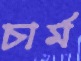
চার্ম